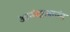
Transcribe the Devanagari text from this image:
आनंदाआनंद